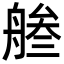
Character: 𦩓